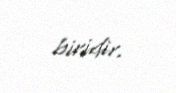
biridir.